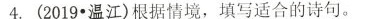
4. (2019∙温江) 根据情境，填写适合的诗句。